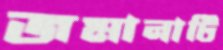
জমানাটি